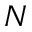
N